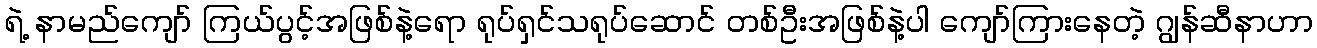
ရဲ့ နာမည်ကျော် ကြယ်ပွင့်အဖြစ်နဲ့ရော ရုပ်ရှင်သရုပ်ဆောင် တစ်ဦးအဖြစ်နဲ့ပါ ကျော်ကြားနေတဲ့ ဂျွန်ဆီနာဟာ